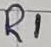
Text: R1